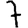
Digit: 7